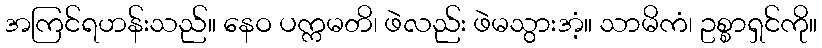
အကြင်ရဟန်းသည်။ နေဝ ပက္ကမတိ၊ ဖဲလည်း ဖဲမသွားအံ့။ သာမိကံ၊ ဥစ္စာရှင်ကို။